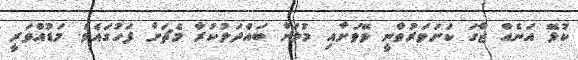
ކުޅޭ އަނެއް ޖާގަ ކަށަވަރުވާނީ ވޭވަށާއި މުލަށް ބައްދަލުކުރާ މެޗަށް ފަހުގައެވެ. މަޑުއްވަރީ